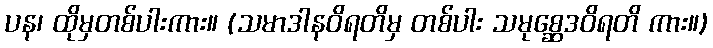
ပန၊ ထိုမှတစ်ပါးကား။ (သမာဒါနဝိရတိမှ တစ်ပါး သမုစ္ဆေဒဝိရတိ ကား။)